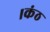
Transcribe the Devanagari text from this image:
।कंठ